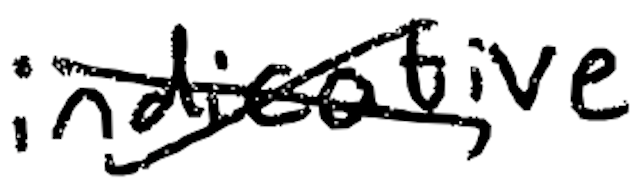
Text: indicative
Cross-out: cross
Writing tool: digital_black